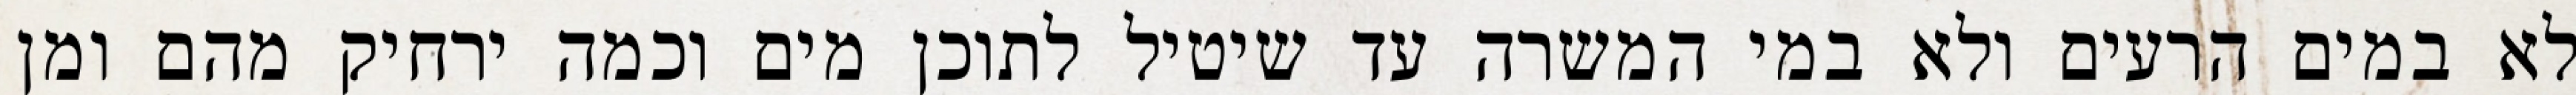
לא במים הרעים ולא במי המשרה עד שיטיל לתוכן מים וכמה ירחיק מהם ומן